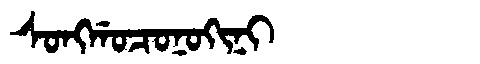
Manchu: ᠰᠣᠩᡤᠣᠴᠣᠨᠣᡴᡳᠨᡳ
Romanization: SONGGOCONOKINI